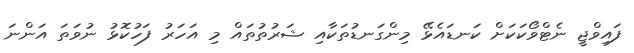
ފައިވްޖީ ނެޓްވޯކަކަށް ކަނޑައެޅޭ މިންގަނޑުތަކާއި ޝަރުތުތައް މި އަހަރު ފަހުކޮޅު ނުވަތަ އަންނަ